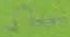
Text: Ω